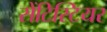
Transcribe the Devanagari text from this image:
सेंटिस्टियर